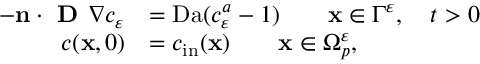
\begin{array} { r l } { - \mathbf n \cdot \textbf { D } \nabla c _ { \varepsilon } } & { = \mathrm { D a } ( c _ { \varepsilon } ^ { a } - 1 ) \qquad \mathbf x \in \Gamma ^ { \varepsilon } , \quad t > 0 } \\ { c ( \mathbf x , 0 ) } & { = c _ { \mathrm { \tiny { i n } } } ( \mathbf x ) \qquad \mathbf x \in \Omega _ { p } ^ { \varepsilon } , } \end{array}